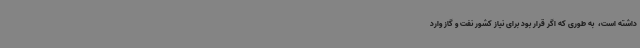
داشته است، ‌ به طوری که اگر قرار بود برای نیاز کشور نفت و گاز وارد